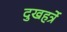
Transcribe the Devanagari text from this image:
दुखहर्त्रे